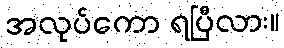
အလုပ်ကော ရပြီလား။